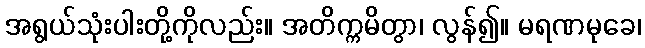
အရွယ်သုံးပါးတို့ကိုလည်း။ အတိက္ကမိတွာ၊ လွန်၍။ မရဏမုခေ၊